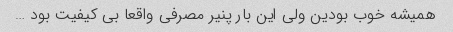
همیشه خوب بودین ولی این بار پنیر مصرفی واقعا بی کیفیت بود …